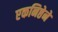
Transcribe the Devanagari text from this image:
एकनिष्ठेनें